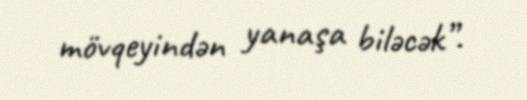
mövqeyindən yanaşa biləcək”.